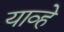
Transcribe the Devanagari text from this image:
याव्‍हे